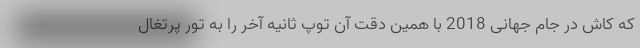
که کاش در جام جهانی 2018 با همین دقت آن توپ ثانیه آخر را به تور پرتغال